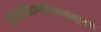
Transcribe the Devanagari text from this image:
अलब्धवैदग्ध्यविलासमुग्धया